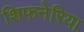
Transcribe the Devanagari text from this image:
शिफनेरिया